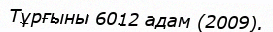
Тұрғыны 6012 адам (2009).